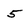
Character: 5